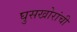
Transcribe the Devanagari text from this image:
घुसखोरांची